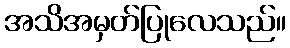
အသိအမှတ်ပြုလေသည်။